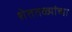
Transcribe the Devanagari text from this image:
शेततळ्यांच्या